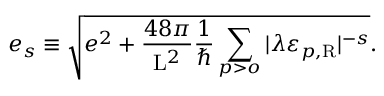
e _ { s } \equiv \sqrt { e ^ { 2 } + \frac { 4 8 \pi } { \mathrm { L } ^ { 2 } } \frac { 1 } { \hbar } \sum _ { p > o } | \lambda \varepsilon _ { p , \mathrm { R } } | ^ { - s } } .